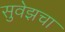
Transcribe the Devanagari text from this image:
सुवेझचा